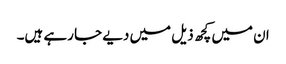
ان میں کچھ ذیل میں دیے جا رہے ہیں۔